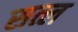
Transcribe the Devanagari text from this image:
सत्ल